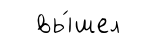
вы́шел